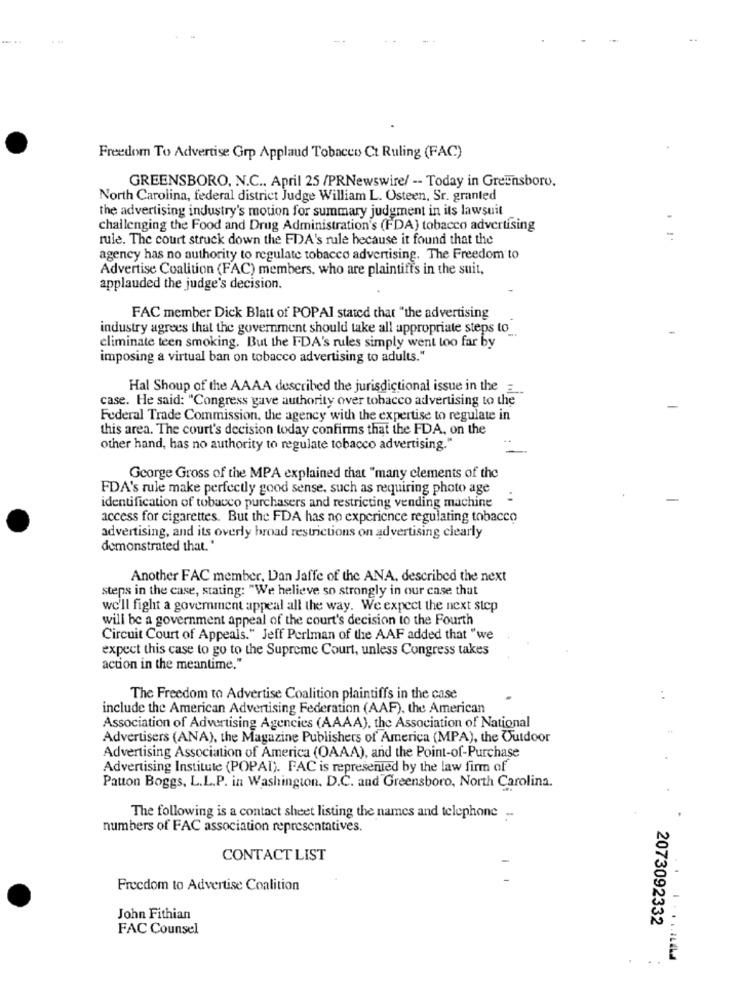
Freedom To Advertise Grp Applaud Tobacco Ct Ruling (FAC)
GREENSBORO, N.C .. April 25 /PRNewswire/ -- Today in Greensboro.
North Carolina, federal district Judge William L. Osteen, Sr. granted
the advertising industry's motion for summary judgment in its lawsuit
challenging the Food and Drug Administration's (FDA) tobacco advertising
rule. The court struck down the FDA's rule because it found that the
agency has no authority to regulate tobacco advertising. The Freedom to
Advertise Coalition (FAC) members, who are plaintiffs in the suit,
applauded the judge's decision.
FAC member Dick Blatt of POPAI stated that "the advertising
industry agrees that the government should take all appropriate steps to
eliminate teen smoking. But the I-DA's rules simply went too far by
imposing a virtual ban on tobacco advertising to adults."
Hal Shoup of the AAAA described the jurisdictional issue in the=
case. He said: "Congress gave authority over tobacco advertising to the
-
Federal Trade Commission, the agency with the expertise to regulate in
this area. The court's decision today confirms that the FDA, on the
other hand, has no authority to regulate tobacco advertising."
George Gross of the MPA explained that "many clements of the
FDA's rule make perfectly good sense, such as requiring photo age
:
identification of tobacco purchasers and restricting vending machine
access for cigarettes. But the FDA has no experience regulating tobacco
advertising, and its overly broad restrictions on advertising clearly
demonstrated that."
Another FAC member, Dan Jaffe of the ANA, described the next
steps in the case, stating: "We helieve so strongly in our case that
we'll fight a goverment appeal all the way. We expect the next step
will be a government appeal of the court's decision to the Fourth
Circuit Court of Appeals." Jeff Perlman of the AAF added that "we
expect this case to go to the Supreme Court, unless Congress takes
action in the meantime."
The Freedom to Advertise Coalition plaintiffs in the case
:
include the American Advertising Federation (AAF), the American
Association of Advertising Agencies (AAAA), the Association of National
Advertisers (ANA), the Magazine Publishers of America (MPA), the Outdoor
Advertising Association of America (OAAA), and the Point-of-Purchase
Advertising Institute (POPAI). FAC is represented by the law firm of
Patton Boggs, L.L.P. in Washington, D.C. and Greensboro, North Carolina.
The following is a contact sheet listing the names and telephone -
numbers of FAC association representatives.
CONTACT LIST
Freedom to Advertise Coalition
John Fithian
2073092332
FAC Counsel